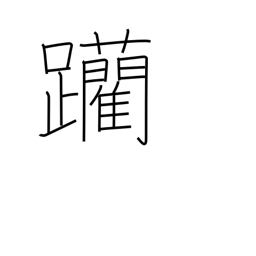
Meaning: edge forward